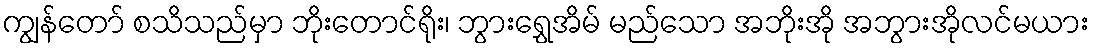
ကျွန်တော် စသိသည်မှာ ဘိုးတောင်ရိုး၊ ဘွားရွှေအိမ် မည်သော အဘိုးအို အဘွားအိုလင်မယား